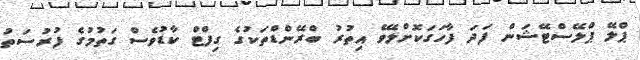
ޕްލޭ ޕްލޭސްޓޭޝަން ފަދަ ފާހަގަކޮށްލެވޭ އިތުރު ބްރޭންޑްތަކުގެ ގިފްޓް ކާޑުވެސް ގަތުމުގެ ފުރުސަތު